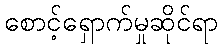
စောင့်ရှောက်မှုဆိုင်ရာ